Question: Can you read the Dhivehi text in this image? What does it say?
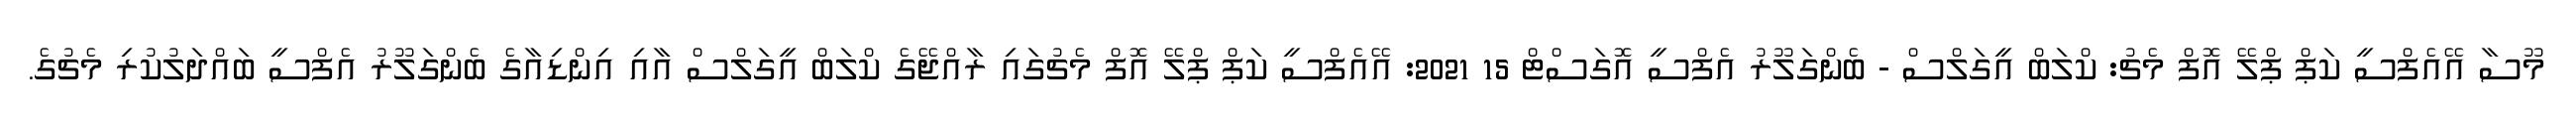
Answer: މޫސާ އޭއެފްސީ ކަޕް ޕްލޭ އޮފް މެޗު: ކްލަބް އީގަލްސް - ބެންގަލޫރު އެފްސީ އޮގަސްޓް 15 2021: އޭއެފްސީ ކަޕް ޕްލޭ އޮފް މެޗުގައި ރާއްޖޭގެ ކްލަބް އީގަލްސް އާއި އިންޑިއާގެ ބެންގަލޫރު އެފްސީ ބައްދަލުކުރި މެޗުގެ.